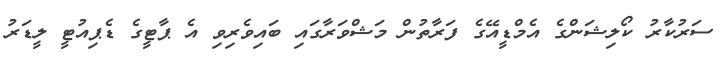
ސަރުކާރު ކޯލިޝަންގެ އެމްޑީއޭގެ ފަރާތުން މަޝްވަރާގައި ބައިވެރިވި އެ ޕާޓީގެ ޑެޕިއުޓީ ލީޑަރު